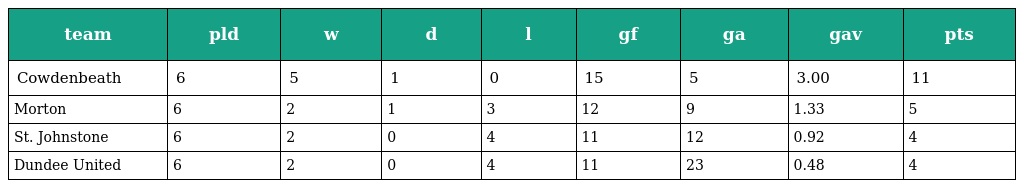
| team | pld | w | d | l | gf | ga | gav | pts |
 | --- | --- | --- | --- | --- | --- | --- | --- | --- |
 | Cowdenbeath | 6 | 5 | 1 | 0 | 15 | 5 | 3.00 | 11 |
 | Morton | 6 | 2 | 1 | 3 | 12 | 9 | 1.33 | 5 |
 | St. Johnstone | 6 | 2 | 0 | 4 | 11 | 12 | 0.92 | 4 |
 | Dundee United | 6 | 2 | 0 | 4 | 11 | 23 | 0.48 | 4 |